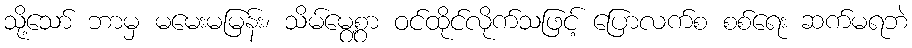
သို့သော် ဘာမှ မမေးမမြန်း၊ သိမ်မွေ့စွာ ဝင်ထိုင်လိုက်သဖြင့် ပြောလက်စ စစ်ရေး ဆက်မရဘဲ